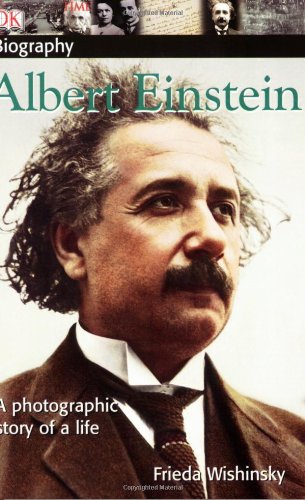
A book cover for Albert Einstein; Frieda Wishinsky; Children's Books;